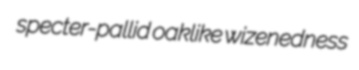
specter-pallid oaklike wizenedness